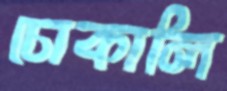
চোকালি